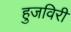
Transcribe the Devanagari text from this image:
हुजविरी